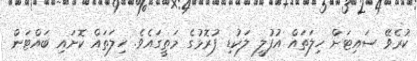
ކުރެވޭ ސައިޓަށް ހިލަތައް އުފުލީ ލަކުޑި ފުރޮޅުގެ މަތީގައެވެ. ހިލަތައް ކޮށައި ބައްޓަން